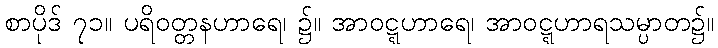
စာပိုဒ် ၇၁။ ပရိဝတ္တနဟာရေ၊ ၌။ အာဝဋ္ဋဟာရေ၊ အာဝဋ္ဋဟာရသမ္ပာတ၌။